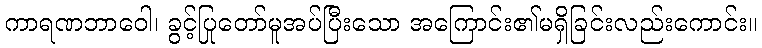
ကာရဏဘာဝေါ၊ ခွင့်ပြုတော်မူအပ်ပြီးသော အကြောင်း၏မရှိခြင်းလည်းကောင်း။